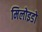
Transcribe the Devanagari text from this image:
मिलोइडो